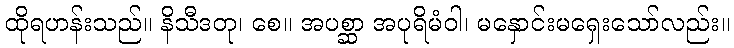
ထိုရဟန်းသည်။ နိသီဒတု၊ စေ။ အပစ္ဆာ အပုရိမံဝါ၊ မနှောင်းမရှေးသော်လည်း။